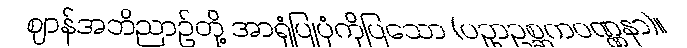
ဈာန်အဘိညာဉ်တို့ အာရုံပြုပုံကိုပြသော (ပဥှာဥစ္ဆကဝဏ္ဏနာ)။